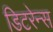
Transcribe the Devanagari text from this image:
डिटरेन्स